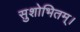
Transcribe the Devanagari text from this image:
सुशोभितम्।